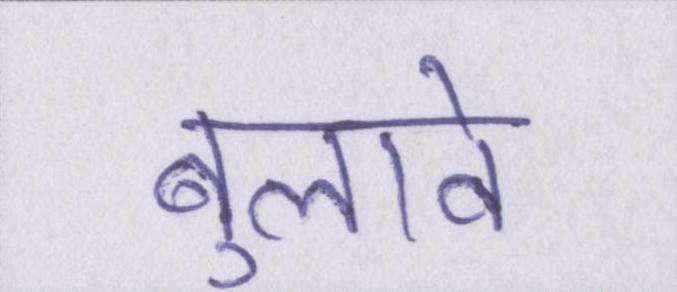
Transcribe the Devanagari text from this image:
बुलावे